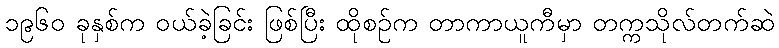
၁၉၆၀ ခုနှစ်က ဝယ်ခဲ့ခြင်း ဖြစ်ပြီး ထိုစဉ်က တာကာယူကီမှာ တက္ကသိုလ်တက်ဆဲ